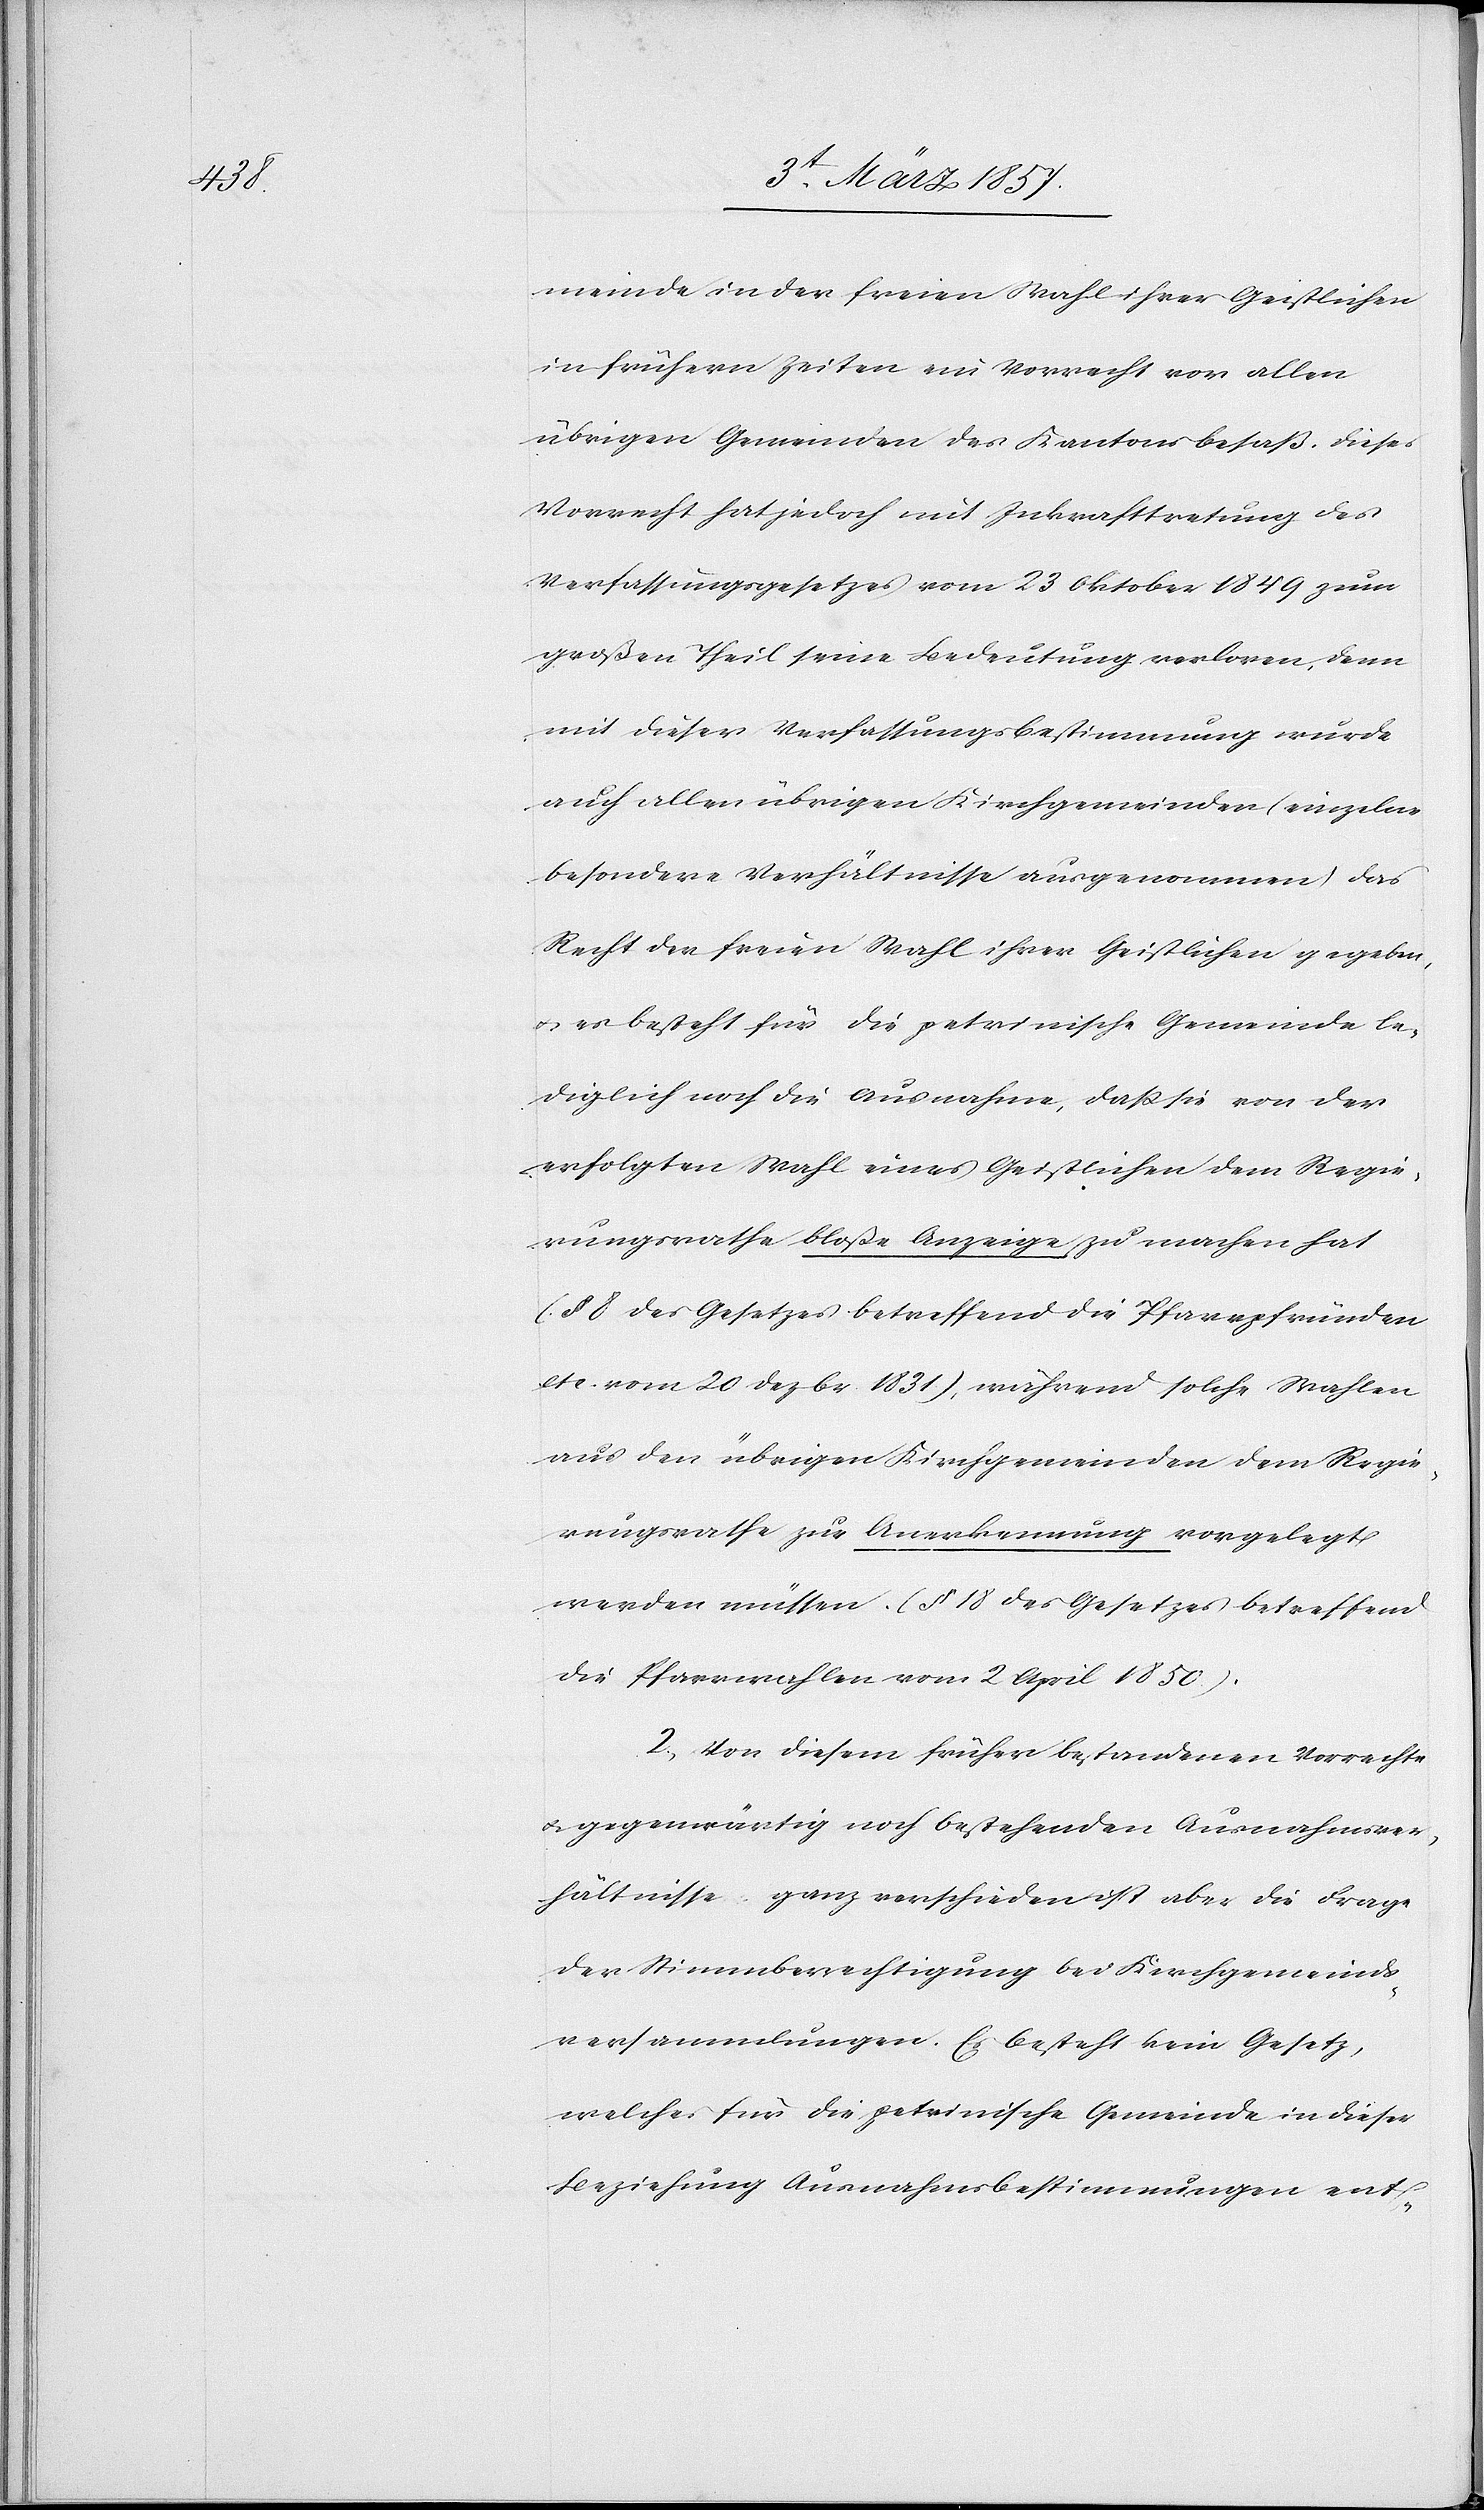
meinde in der freien Wahl ihrer Geistlichen
in frühern Zeiten ein Vorrecht vor allen
übrigen Gemeinden des Kantons besaß, dieses
Vorrecht hat jedoch mit Inkrafttretung des
Verfassungsgesetzes vom 23 Oktober 1849 zum
großen Theil seine Bedeutung verloren, denn
mit dieser Verfassungsbestimmung wurde
auch allen übrigen Kirchgemeinden (einzelne
besondere Verhältnisse ausgenommen) das
Recht der freien Wahl ihrer Geistlichen gegeben,
u. es besteht für die petrinische Gemeinde le¬
diglich noch die Ausnahme, daß sie von der
erfolgten Wahl eines Geistlichen dem Regie¬
rungsrathe bloße Anzeige zu machen hat
(§ 8 des Gesetzes betreffend die Pfarrpfründen
etc. vom 20 Dezbr. 1831), während solche Wahlen
aus den übrigen Kirchgemeinden dem Regie¬
rungsrathe zur Anerkennung vorgelegt
werden müssen. (§ 18 des Gesetzes betreffend
die Pfarrwahlen vom 2 April 1850).
2. Von diesem früher bestandenen Vorrechte
u. gegenwärtig noch bestehenden Ausnahmsver¬
hältnisse ganz verschieden ist aber die Frage
der Stimmberechtigung bei Kirchgemeinds¬
versammlungen. Es besteht kein Gesetz,
welches für die petrinische Gemeinde in dieser
Beziehung Ausnahmsbestimmungen ent-